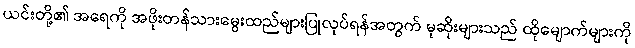
ယင်းတို့၏ အရေကို အဖိုးတန်သားမွေးထည်များပြုလုပ်ရန်အတွက် မုဆိုးများသည် ထိုမျောက်များကို